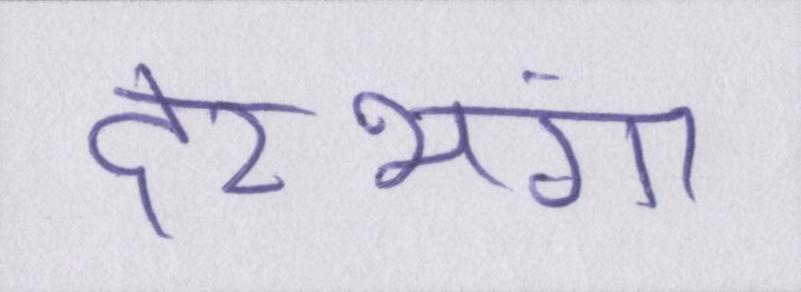
दरभंगा